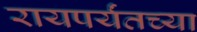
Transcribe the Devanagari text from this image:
रायपर्यंतच्या